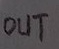
Text: OUT